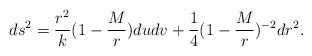
LaTeX: \begin{align*}ds^2= {r^2 \over k}( 1 -{ M \over r}) du dv + {1 \over 4}( 1 -{ M \over r})^{-2}dr^2.\end{align*}